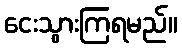
ငေးသွားကြရမည်။